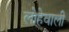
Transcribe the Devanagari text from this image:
लोहेवाली